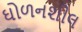
ઘોળનશીલ